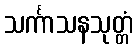
သင်္ကာသနသုတ္တံ